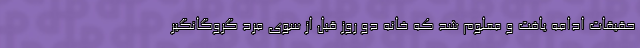
حقیقات ادامه یافت و معلوم شد که خانه دو روز قبل از سوی مرد گروگانگیر